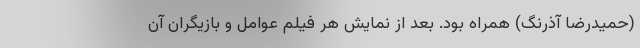
(حمیدرضا آذرنگ) همراه بود. بعد از نمایش هر فیلم عوامل و بازیگران آن